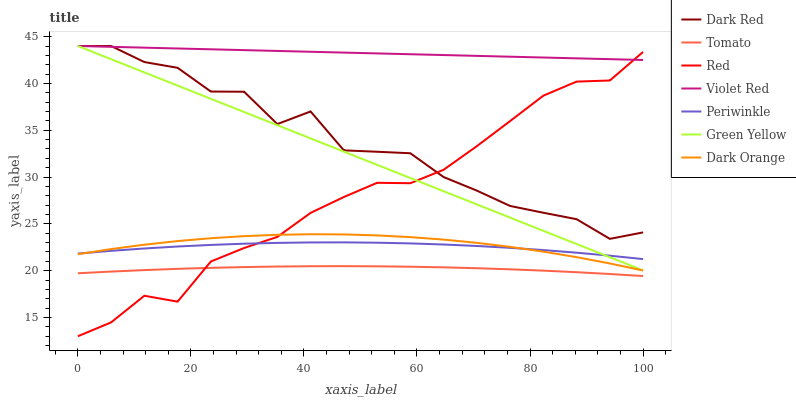
| xaxis_label | Dark Red | Tomato | Red | Violet Red | Periwinkle | Green Yellow | Dark Orange |
 | --- | --- | --- | --- | --- | --- | --- | --- |
 | 0 | 44 | 19.7 | 13 | 44 | 21.8 | 44 | 21.8 |
 | 5.88 | 44 | 19.9 | 14.5 | 43.9 | 22.1 | 42.6 | 22.3 |
 | 11.8 | 42.3 | 20.1 | 17.3 | 43.8 | 22.4 | 41.2 | 22.8 |
 | 17.6 | 41.7 | 20.2 | 16.7 | 43.7 | 22.6 | 39.8 | 23.2 |
 | 23.5 | 39.1 | 20.3 | 21 | 43.6 | 22.8 | 38.4 | 23.5 |
 | 29.4 | 39.1 | 20.4 | 22.4 | 43.6 | 22.9 | 37 | 23.7 |
 | 35.3 | 35.7 | 20.4 | 23.6 | 43.5 | 23 | 35.5 | 23.8 |
 | 41.2 | 37 | 20.5 | 26.2 | 43.4 | 23 | 34.1 | 23.9 |
 | 47.1 | 32.9 | 20.5 | 27.9 | 43.3 | 23 | 32.7 | 23.9 |
 | 52.9 | 32.7 | 20.5 | 29.4 | 43.2 | 23 | 31.3 | 23.8 |
 | 58.8 | 32.5 | 20.4 | 29.3 | 43.1 | 22.9 | 29.9 | 23.6 |
 | 64.7 | 30 | 20.4 | 30.8 | 43 | 22.8 | 28.5 | 23.3 |
 | 70.6 | 28.6 | 20.3 | 33.3 | 42.9 | 22.6 | 27.1 | 23 |
 | 76.5 | 26.9 | 20.1 | 36 | 42.9 | 22.4 | 25.7 | 22.5 |
 | 82.4 | 26.2 | 20 | 38.7 | 42.8 | 22.2 | 24.3 | 22 |
 | 88.2 | 25.5 | 19.8 | 40.2 | 42.7 | 21.9 | 22.9 | 21.4 |
 | 94.1 | 23.4 | 19.6 | 40.3 | 42.6 | 21.6 | 21.4 | 20.8 |
 | 100 | 24.1 | 19.4 | 43.4 | 42.5 | 21.2 | 20 | 20 |